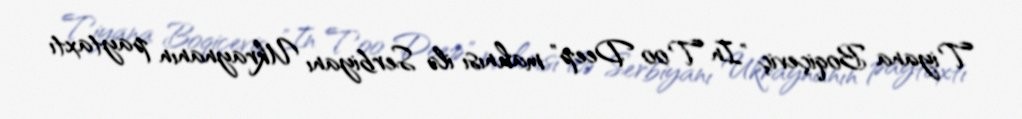
Tiyana Boqiçeviç "In Too Deep" mahnısı ilə Serbiyanı Ukraynanın paytaxtı